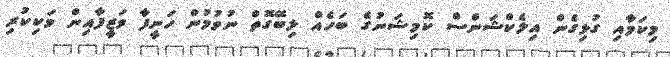
މިކަމާއި ގުޅިގެން އިލެކްޝަންސް ކޮމިޝަނުގެ ބަހެއް ލިބޭގޮތް ނުވުމުން ހަނީފާ ވަޒީފާއިން ވަކިކުރި